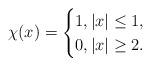
LaTeX: \begin{align*}\chi(x)=\begin{cases}1, |x|\leq 1,\\0, |x|\geq 2.\end{cases}\end{align*}